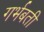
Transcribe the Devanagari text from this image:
गर्भबती